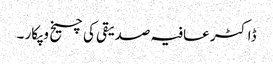
ڈاکٹر عافیہ صدیقی کی چیخ و پکار ۔